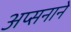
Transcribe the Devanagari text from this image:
अप्सनाने